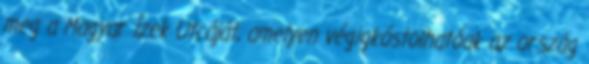
meg a Magyar Ízek Utcáját, amelyen végigkóstolhatóak az ország